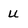
Character: U